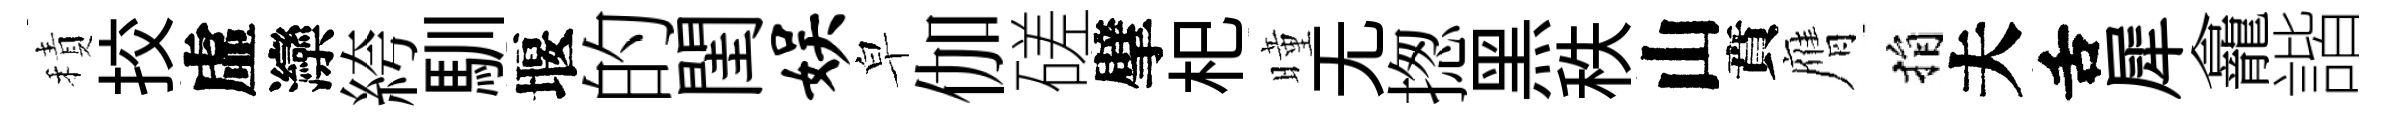
積挍虛灤絝馴堰的閨娱皁伽磋擘𣏌曈无揔黑秩山賁膺捐夫舌犀龕諧